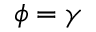
\phi = \gamma